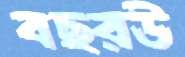
বছরউ